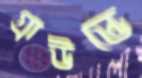
গ্রাউন্ডে